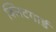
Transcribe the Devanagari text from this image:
क्लिटगार्ड